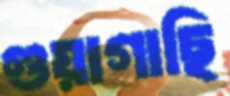
গুয়াগাছি